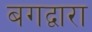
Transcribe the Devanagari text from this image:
बगद्वारा